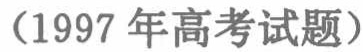
（1997 年高考试题）